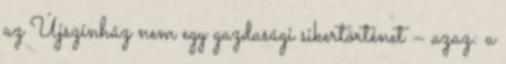
az Újszínház nem egy gazdasági sikertörténet – azaz: a